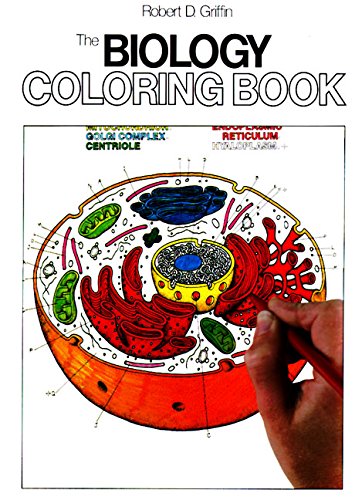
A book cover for The Biology Coloring Book; Robert D. Griffin; Test Preparation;